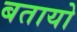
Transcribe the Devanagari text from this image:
बतायो